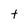
Character: t